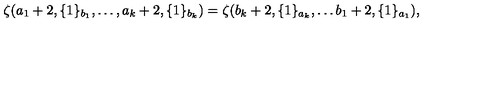
\zeta ( a _ { 1 } + 2 , \{ 1 \} _ { b _ { 1 } } , \dots , a _ { k } + 2 , \{ 1 \} _ { b _ { k } } ) = \zeta ( b _ { k } + 2 , \{ 1 \} _ { a _ { k } } , \dots b _ { 1 } + 2 , \{ 1 \} _ { a _ { 1 } } ) ,